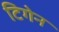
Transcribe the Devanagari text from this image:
टिगेन